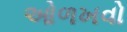
ઓળખવો